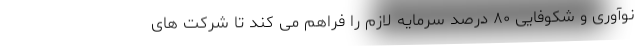
نوآوری و شکوفایی ۸۰ درصد سرمایه لازم را فراهم می کند تا شرکت های